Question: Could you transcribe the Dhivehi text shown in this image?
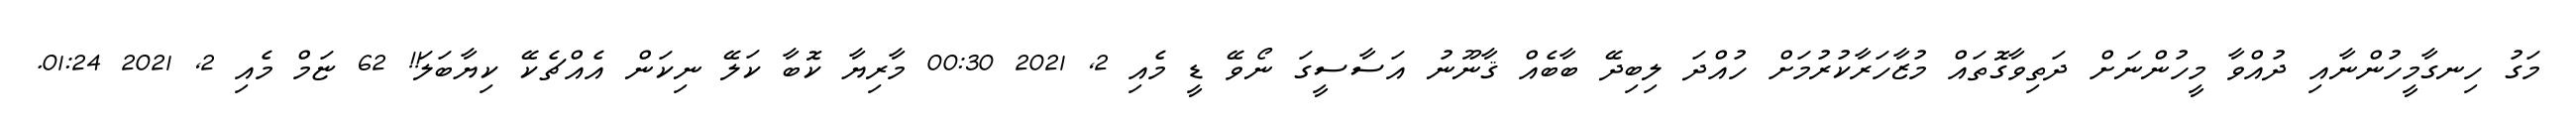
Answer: މަގު ހިނގާމީހުންނާއި ދުއްވާ މީހުންނަށް ދަތިވާގޮތައް މުޒާހަރާކުރުމަށް ހުއްދަ ލިބިދޭ ބާބެއް ޤާނޫނު އަސާސީގަ ނޯވޭ ޑީ މެއި 2, 2021 00:30 މާރިޔާ ކޮބާ ކަލޭ ނިކަން އެއްޗެކޭ ކިޔާބަލަ!! 62 ޏަމް މެއި 2, 2021 01:24.